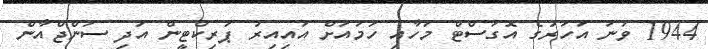
1944 ވަނަ އަހަރުގެ އޮގަސްޓް މަހާއި ހަމައަށް އައިއިރު ޕަރިކްޓީން އަދި ސަންޖްއާން